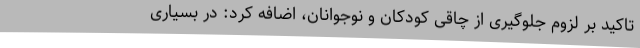
تاکید بر لزوم جلوگیری از چاقی کودکان و نوجوانان، اضافه کرد: در بسیاری